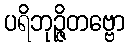
ပရိဘုဉ္ဇိတဗ္ဗော